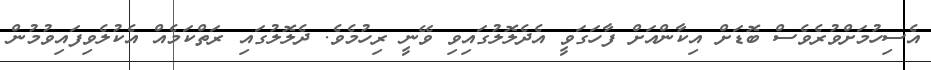
އެސިހުމަށްވުރެވެސް ބޮޑަށް އިކާންއަށް ފާހަގަވީ އެދެލޮލުގައިވި ވޭނީ ރިހުމެވެ. ދެލޮލުގައި ރަތްކަމެއް އެކުލެވިފައިވުމުން